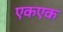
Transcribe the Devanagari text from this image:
एकएक